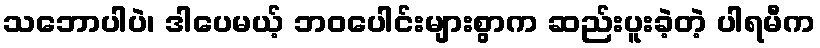
သဘောပါပဲ၊ ဒါပေမယ့် ဘဝပေါင်းများစွာက ဆည်းပူးခဲ့တဲ့ ပါရမီက